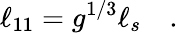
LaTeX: \ell_{11}=g^{1/3}\ell_{s}\quad.